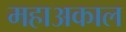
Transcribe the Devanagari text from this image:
महाअकाल